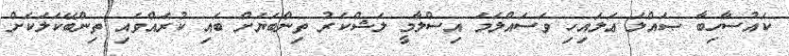
ކައުސާހިބާ ޞައްލަ ޢަލައިހި ވަސައްލަމަ އިސްލާމީ ލަޝްކަރު ތިންބަޔަށް ބައި ކުރައްވައި ތިންބޭކަލަކަށް